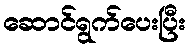
ဆောင်ရွက်ပေးပြီး